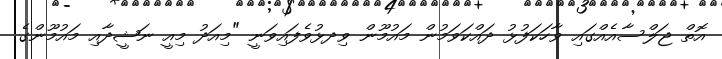
އޮތް ޖަލްސާއެއްގައި ވާހަކަފުޅު ދައްކަވަމުން މައުމޫން ވިދޅުވެފައިވަނީ "މިއަދު މިއީ ނަޝީދާއި މައުމޫންގެ